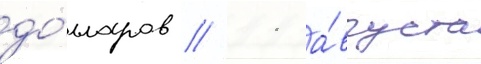
до́лларов // 11 а́вгуста